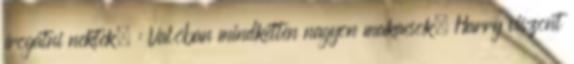
írogatni nektek. : Valóban mindketten nagyon makacsok, Harry viszont